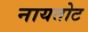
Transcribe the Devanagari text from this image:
नायतोट